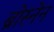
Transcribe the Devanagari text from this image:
ब्रोस्नेन